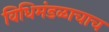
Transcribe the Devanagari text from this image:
विधिमंडळाचाच